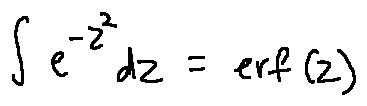
\int e ^ { - z ^ { 2 } } d z = e r f ( z )